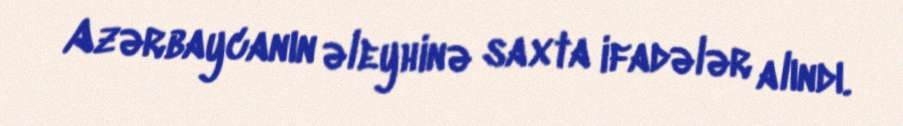
Azərbaycanın əleyhinə saxta ifadələr alındı.